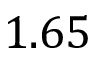
1 . 6 5